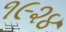
૧૯૨૪